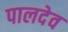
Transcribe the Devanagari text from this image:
पालदेव